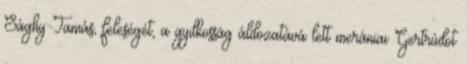
Sághy Tamás, feleségét, a gyilkosság áldozatává lett merániai Gertrúdot